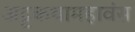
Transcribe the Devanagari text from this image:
अट्टकथामहावंस